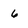
Character: 6